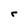
Character: r